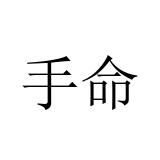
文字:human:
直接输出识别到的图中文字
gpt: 手命